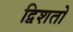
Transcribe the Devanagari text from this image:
द्विशतो